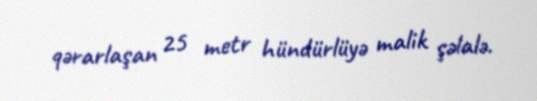
qərarlaşan 25 metr hündürlüyə malik şəlalə.